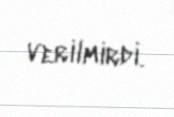
verilmirdi.